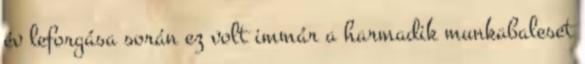
év leforgása során ez volt immár a harmadik munkabaleset